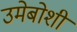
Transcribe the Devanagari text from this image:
उमेबोशी